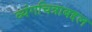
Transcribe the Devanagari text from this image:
व्यंगचित्राबद्दल